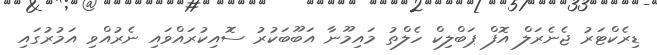
ޑިރެކްޓަރު ޖެނެރަލް އޮފް ޕަބްލިކް ހެލްތު މައިމޫނާ އަބޫބަކުރު ސޮއިކުރައްވައި ނެރުއްވި އަމުރުގައި